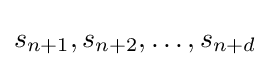
s_{n+1},s_{n+2},\ldots ,s_{n+d}